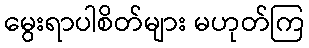
မွေးရာပါစိတ်များ မဟုတ်ကြ